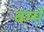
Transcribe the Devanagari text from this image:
बर्म्म